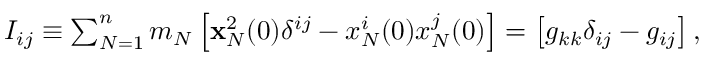
\begin{array} { r } { I _ { i j } \equiv \sum _ { N = 1 } ^ { n } m _ { N } \left[ { \bf x } _ { N } ^ { 2 } ( 0 ) \delta ^ { i j } - x _ { N } ^ { i } ( 0 ) x _ { N } ^ { j } ( 0 ) \right] = \left[ g _ { k k } \delta _ { i j } - g _ { i j } \right] , } \end{array}